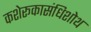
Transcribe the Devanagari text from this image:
कशेरूकासंधिशोथ